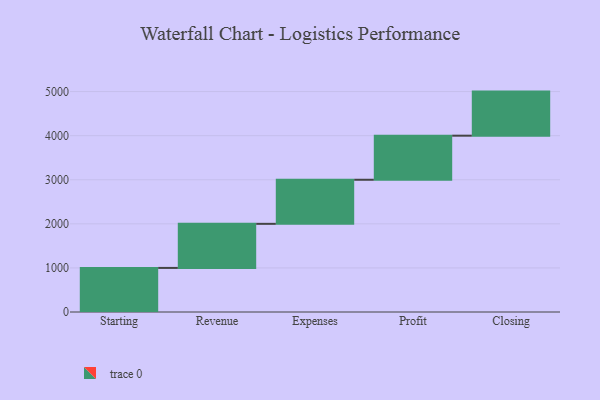
{"axis": {"x": "Step", "y": "Value"}, "legend": [""], "data": [{"x": "Starting", "y": 1000, "type": ""}, {"x": "Revenue", "y": 1000, "type": ""}, {"x": "Expenses", "y": 1000, "type": ""}, {"x": "Profit", "y": 1000, "type": ""}, {"x": "Closing", "y": 1000, "type": ""}]}